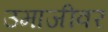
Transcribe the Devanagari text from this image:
उमाजीवर